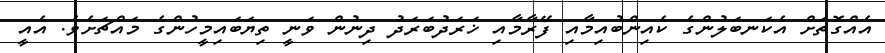
އެއްގޮތަށް އެކަނބަލުންގެ ކެއިންބުއިމާއި ފޭރާމާއި ޚަރަދުބަރަދު ދިނުން ވަނީ ތިޔަބައިމީހުންގެ މައްޗަށެވެ. އެއީ